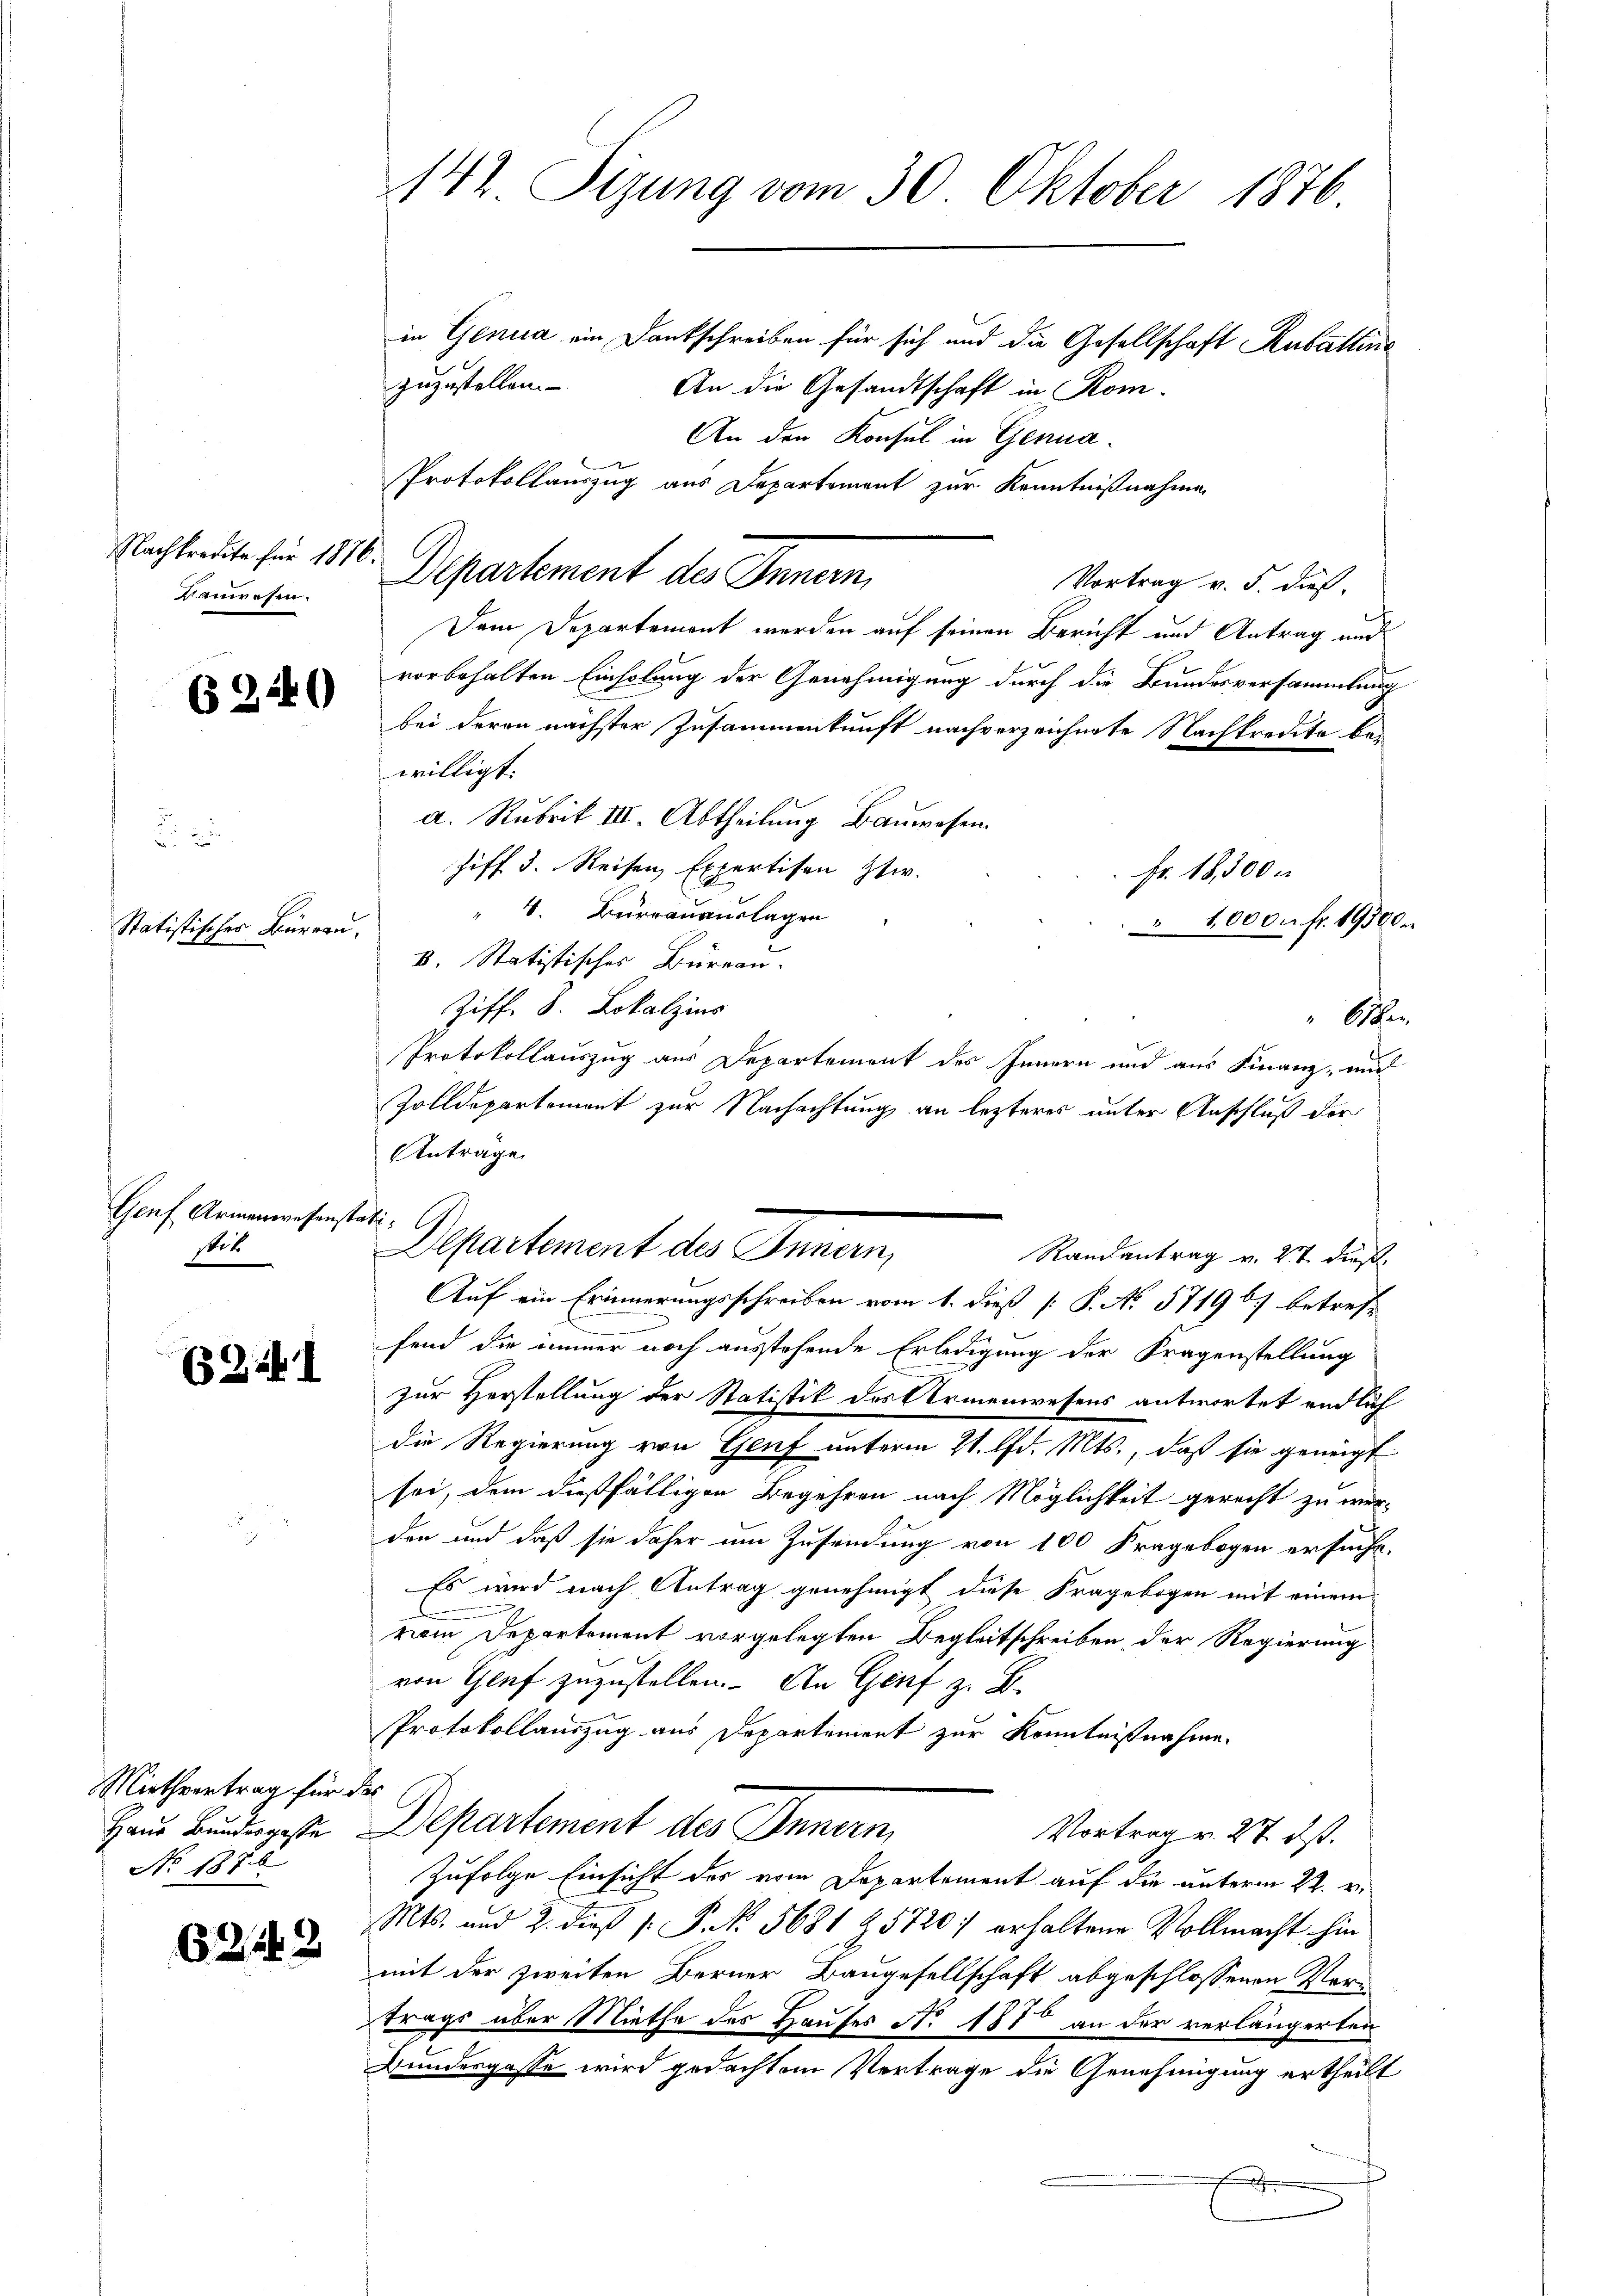
Nachkredita für 187
Kanwesen.

62240

Matistischer Burgern

Genf Armenwesenst.
stit

6 Zif. 1

Miethvertrag für d
Haus Bundesgasse
No 1876

62142

142 Sizung vom 30. Oktober 1876

f

in Genua ein Dankschreiben für sich und die Gesellschaft Rubattine
zuzustellen. An die Gesandtschaft in Kom-
An den Konsul in Genua¬
Protokollauszug aus Departement zur Kenntnißnahme
Departement des Innern,
Vortrag v. 5. dieß.
Dem Departement werden auf seinen Bericht und Antrag und
vorbehalten Einholung der Genehmigung durch die Bundesversammlung
bei deren nächster Zusammenkunft nachverzeichnete Nachkredite bewilligt:
a. Rubrik III. Abtheilung Bauwesen.
hiff 3. Reisen, Expertisen Etw.
 Fr. 18,500 n
" 4. Bureauauslagen
" 10000 fr. 19300
B. Statistisches Büreau.
Ziff. 8. Lokalzins
Achen
Protokollauszug aus Departement des Innern und aus Finanz- und
Zolldepartement zur Nachachtung an lezteres unter Anschluß der
Antrage
Auf ein Erinnerungsschreiben vom 1. dieß [ P. No. 5719 b) betreff
.
fend die immer noch ausstehende Erledigung der Fragenstellung
zur Herstellung der Statistik des Armenwesens antwortet endlich
die Regierung von Genf unterm 21. d. Mts., daß sie geneigt
sei, dem dießfälligen Begehren nach Möglichkeit gerecht zu werden und daß sie daher um Zusendung von 100 Fragebogen ersucht.
Es wird nach Antrag genehmigt diese Fragebogen mit einem
vom Departement vorgelegten Begleitschreiben der Regierung
von Genf zuzustellen. Ein Genf z. B.
Protokollauszug aus Departement zur Kenntnißnahme.
.
Departement des Innern,
Vortrag v. 27. ds.
Zufolge Einsicht der vom Departement auf die unterm 22. v.
Mts. und 2. dieß P. P. Nr. 5681 Z 57207 erhaltene Vollmacht hin
mit der zweiten Berner Bangesellschaft abgeschlossenen Vertrags über Miethe des Hauses No. 1870 an der verlängerten
Bundesgasse wird gedachtem Vertrage die Genehmigung ertheilt

f. G
Departement des Innern,
Randantrag v. 27 dieß,